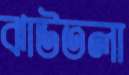
ঝাউতলা